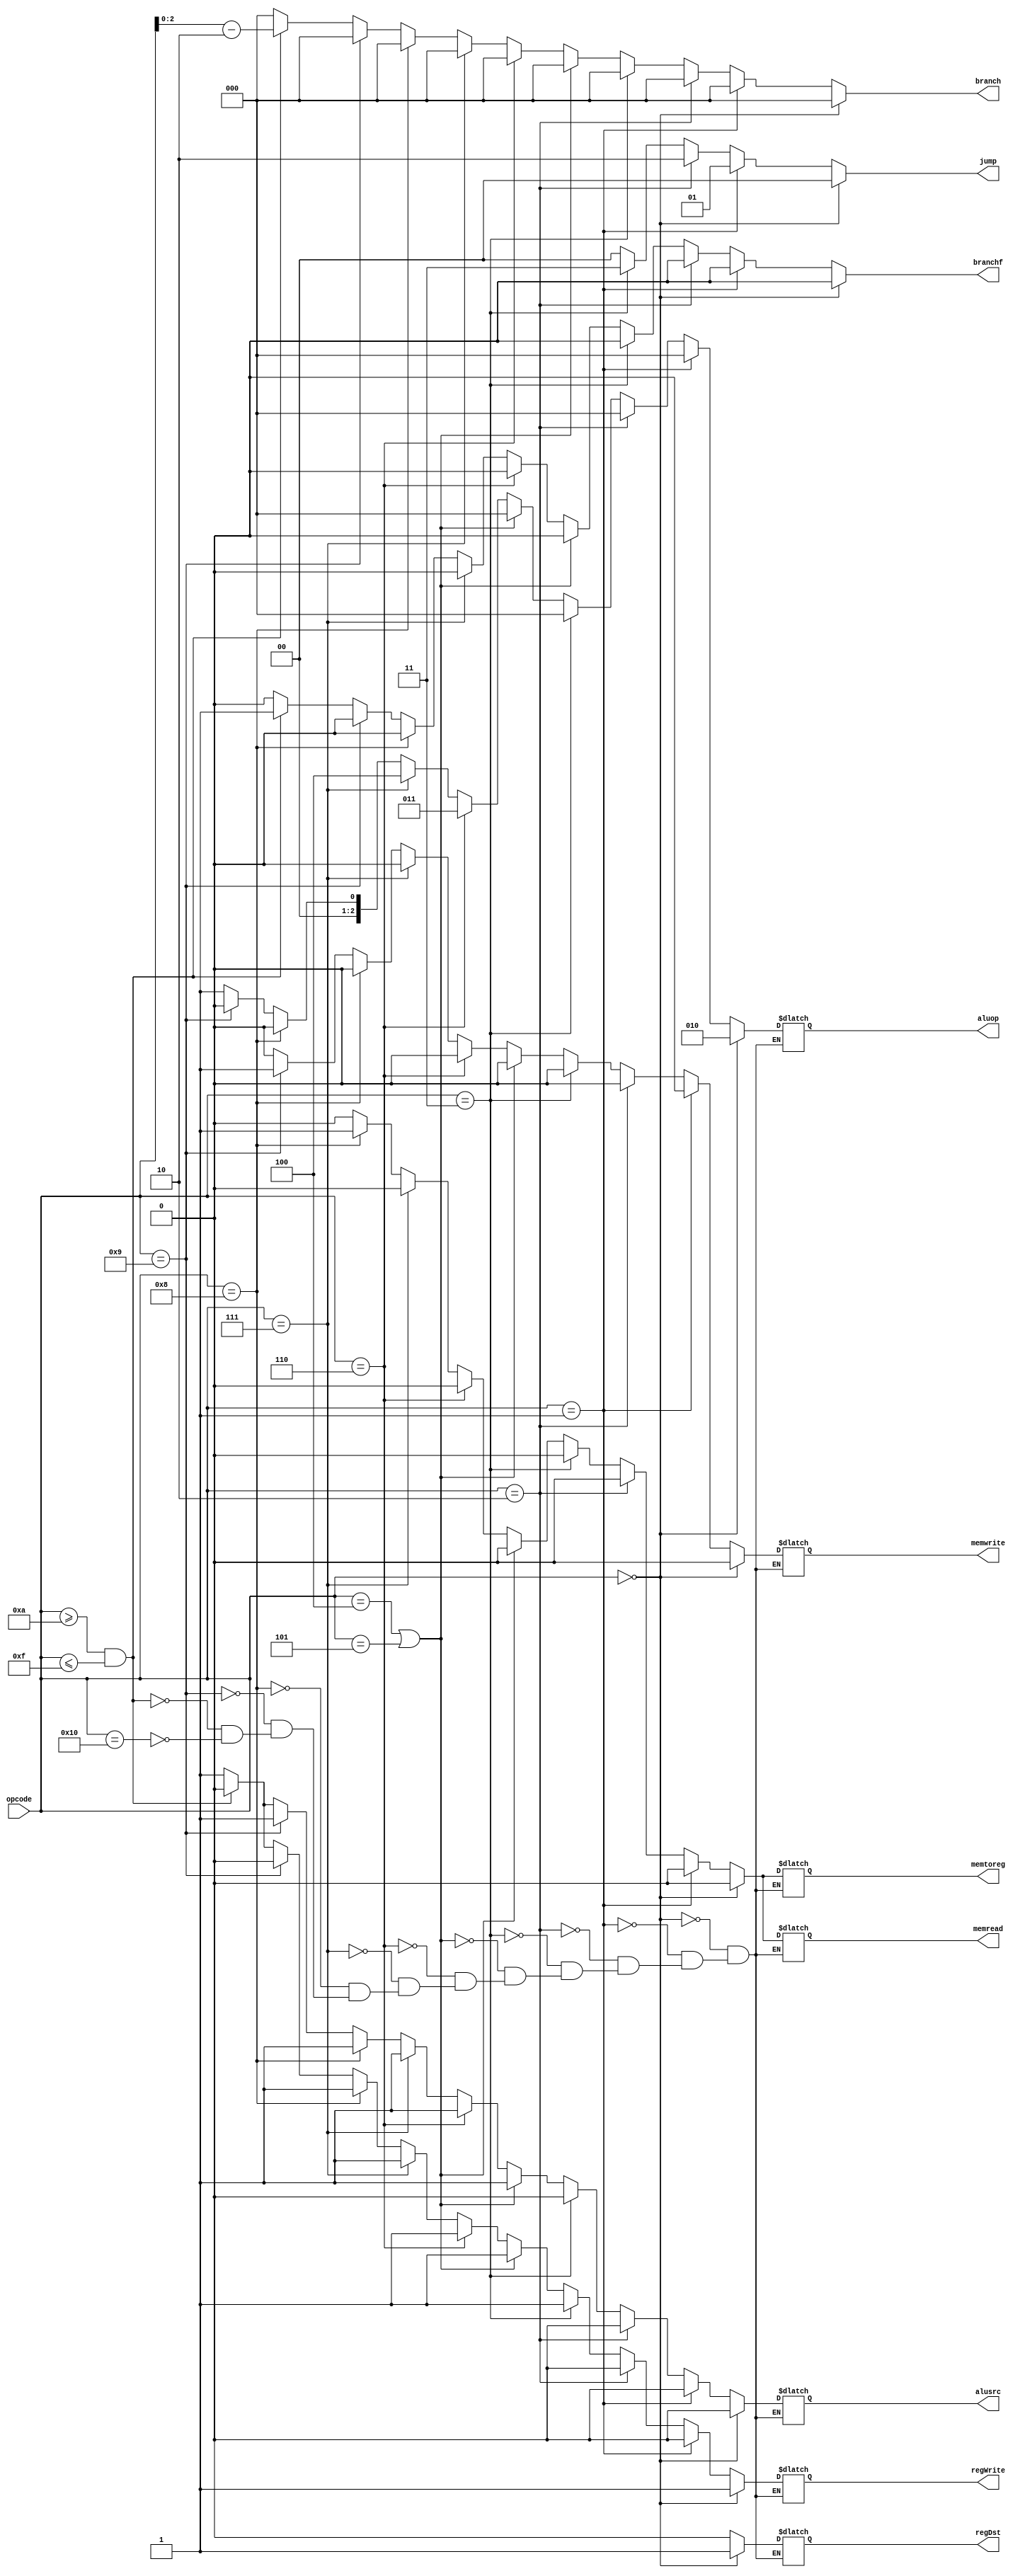
// Garvit Arora - 200372
// Apurb Agarwal - 200179
module maincontrol(
    input [5:0] opcode,
    output reg [2:0] aluop,
    output reg regDst,
    output reg regWrite,
    output reg alusrc,
    output reg memtoreg,
    output reg memread,
    output reg memwrite,
    output reg [2:0] branch,
    output reg branchf,
    output reg [1:0] jump        
);


always @(*) begin
    if(opcode == 0) begin
        aluop <= 3'b010;
        regDst <= 1'b1;
        regWrite <= 1'b1;
        alusrc <= 1'b0;
        memtoreg <= 1'b0;
        memread <= 1'b0;
        memwrite <= 1'b0;
        branch <= 3'b000;
        branchf <= 1'b0;
        jump <= 2'b00;
    end
    else if (opcode==1) begin
        aluop <= 3'b000;
        regDst <= 1'b0;
        regWrite <= 1'b0;
        alusrc <= 1'b0;
        memtoreg <= 1'b0;
        memread <= 1'b0;
        memwrite <= 1'b0;
        branch <= 3'b000;
        branchf <= 1'b0;
        jump <= 2'b01;
    end
    else if (opcode==2) begin
        aluop <= 3'b000;
        regDst <= 1'b0;
        regWrite <= 1'b0;
        alusrc <= 1'b0;
        memtoreg <= 1'b0;
        memread <= 1'b0;
        memwrite <= 1'b0;
        branch <= 3'b000;
        branchf <= 1'b0;
        jump <= 2'b10;
    end
    else if (opcode==3) begin
        aluop <= 3'b000;
        regDst <= 1'b0;
        regWrite <= 1'b1;
        alusrc <= 1'b0;
        memtoreg <= 1'b0;
        memread <= 1'b0;
        memwrite <= 1'b0;
        branch <= 3'b000;
        branchf <= 1'b0;
        jump <= 2'b11;
    end
    else if (opcode==4 || opcode==5) begin
        aluop <= 3'b000;
        regDst <= 1'b0;
        regWrite <= 1'b1;
        alusrc <= 1'b1;
        memtoreg <= 1'b0;
        memread <= 1'b0;
        memwrite <= 1'b0;
        branch <= 3'b000;
        branchf <= 1'b0;
        jump <= 2'b00;
    end
    else if (opcode==6) begin
        aluop <= 3'b011;
        regDst <= 1'b0;
        regWrite <= 1'b1;
        alusrc <= 1'b1;
        memtoreg <= 1'b0;
        memread <= 1'b0;
        memwrite <= 1'b0;
        branch <= 3'b000;
        branchf <= 1'b0;
        jump <= 2'b00;
    end
    else if (opcode==7) begin
        aluop <= 3'b100;
        regDst <= 1'b0;
        regWrite <= 1'b1;
        alusrc <= 1'b1;
        memtoreg <= 1'b0;
        memread <= 1'b0;
        memwrite <= 1'b0;
        branch <= 3'b000;
        branchf <= 1'b0;
        jump <= 2'b00;
    end
    else if (opcode==8) begin
        aluop <= 3'b000;
        regDst <= 1'b0;
        regWrite <= 1'b1;
        alusrc <= 1'b1;
        memtoreg <= 1'b1;
        memread <= 1'b1;
        memwrite <= 1'b0;
        branch <= 3'b000;
        branchf <= 1'b0;
        jump <= 2'b00;
    end
    else if (opcode==9) begin
        aluop <= 3'b000;
        regDst <= 1'b0;
        regWrite <= 1'b0;
        alusrc <= 1'b1;
        memtoreg <= 1'b0;
        memread <= 1'b0;
        memwrite <= 1'b1;
        branch <= 3'b000;
        branchf <= 1'b0;
        jump <= 2'b00;
    end
    else if (opcode>=10 && opcode<=15) begin
        aluop <= 3'b001;
        regDst <= 1'b0;
        regWrite <= 1'b0;
        alusrc <= 1'b0;
        memtoreg <= 1'b0;
        memread <= 1'b0;
        memwrite <= 1'b0;
        branch = opcode - 10;
        branchf <= 1'b1;
        jump <= 2'b00;
    end
    else if (opcode==16) begin
        aluop <= 3'b001;
        regDst <= 1'b0;
        regWrite <= 1'b1;
        alusrc <= 1'b1;
        memtoreg <= 1'b0;
        memread <= 1'b0;
        memwrite <= 1'b0;
        branch <= 3'b000;
        branchf <= 1'b0;
        jump <= 2'b00;
    end
    else begin
        jump <= 2'b00;
        branch <= 3'b000;
        branchf <= 1'b0;
    end
end
endmodule